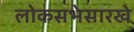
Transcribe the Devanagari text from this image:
लोकसभेसारखे